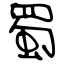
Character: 蜀